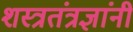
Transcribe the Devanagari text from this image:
शस्त्रतंत्रज्ञांनी